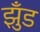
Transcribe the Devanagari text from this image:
झुँड